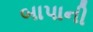
બાપાની